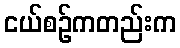
ငယ်စဉ်ကတည်းက